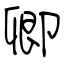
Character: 卿